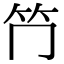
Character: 𥫚